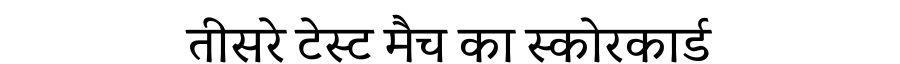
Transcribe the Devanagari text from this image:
तीसरे टेस्ट मैच का स्कोरकार्ड